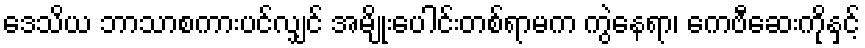
ဒေသိယ ဘာသာစကားပင်လျှင် အမျိုးပေါင်းတစ်ရာမက ကွဲနေရာ၊ ကေဗီဆေးကိုနှင့်